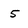
Character: 5